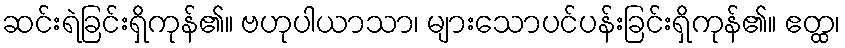
ဆင်းရဲခြင်းရှိကုန်၏။ ဗဟုပါယာသာ၊ များသောပင်ပန်းခြင်းရှိကုန်၏။ ဧတ္ထ၊